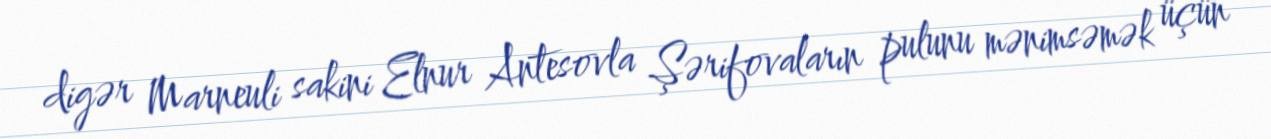
digər Marneuli sakini Elnur Antesovla Şərifovaların pulunu mənimsəmək üçün